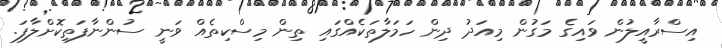
އިސްރާއީލުން ވައިގެ މަގުން މިއަދު ދިން ހަމަލާތަކެއްގައި ތިން މިސްކިތެއް ވަނީ ސުންނާފަތިކޮށްލާފަ.